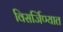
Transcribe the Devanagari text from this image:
विसर्जिण्यात